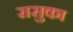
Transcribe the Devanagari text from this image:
रासुका